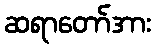
ဆရာတော်အား